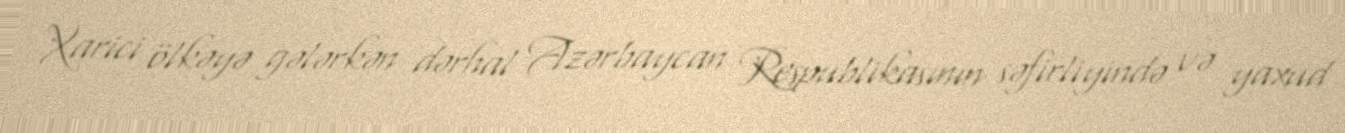
Xarici ölkəyə gələrkən dərhal Azərbaycan Respublikasının səfirliyində və yaxud